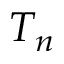
T _ { n }